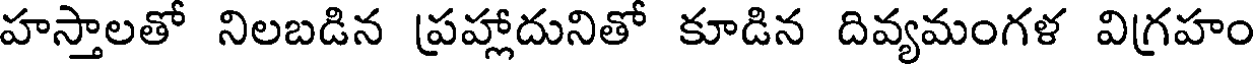
హస్తాలతో నిలబడిన ప్రహ్లాదునితో కూడిన దివ్యమంగళ విగ్రహం